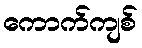
ကောက်ကျစ်